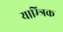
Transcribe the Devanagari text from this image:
याम्त्रिक